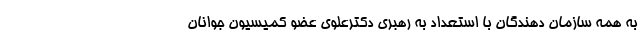
به همه سازمان دهندگان با استعداد به رهبری دکترعلوی عضو کمیسیون جوانان